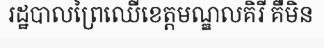
រដ្ឋបាលព្រៃឈើខេត្តមណ្ឌលគិរី គឺមិន